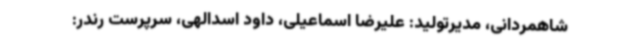
شاهمردانی، مدیرتولید: علیرضا اسماعیلی، داود اسدالهی، سرپرست رندر: